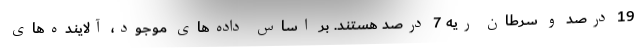
19 درصد و سرطان ریه 7 درصد هستند. بر اساس داده‌های موجود، آلاینده‌های